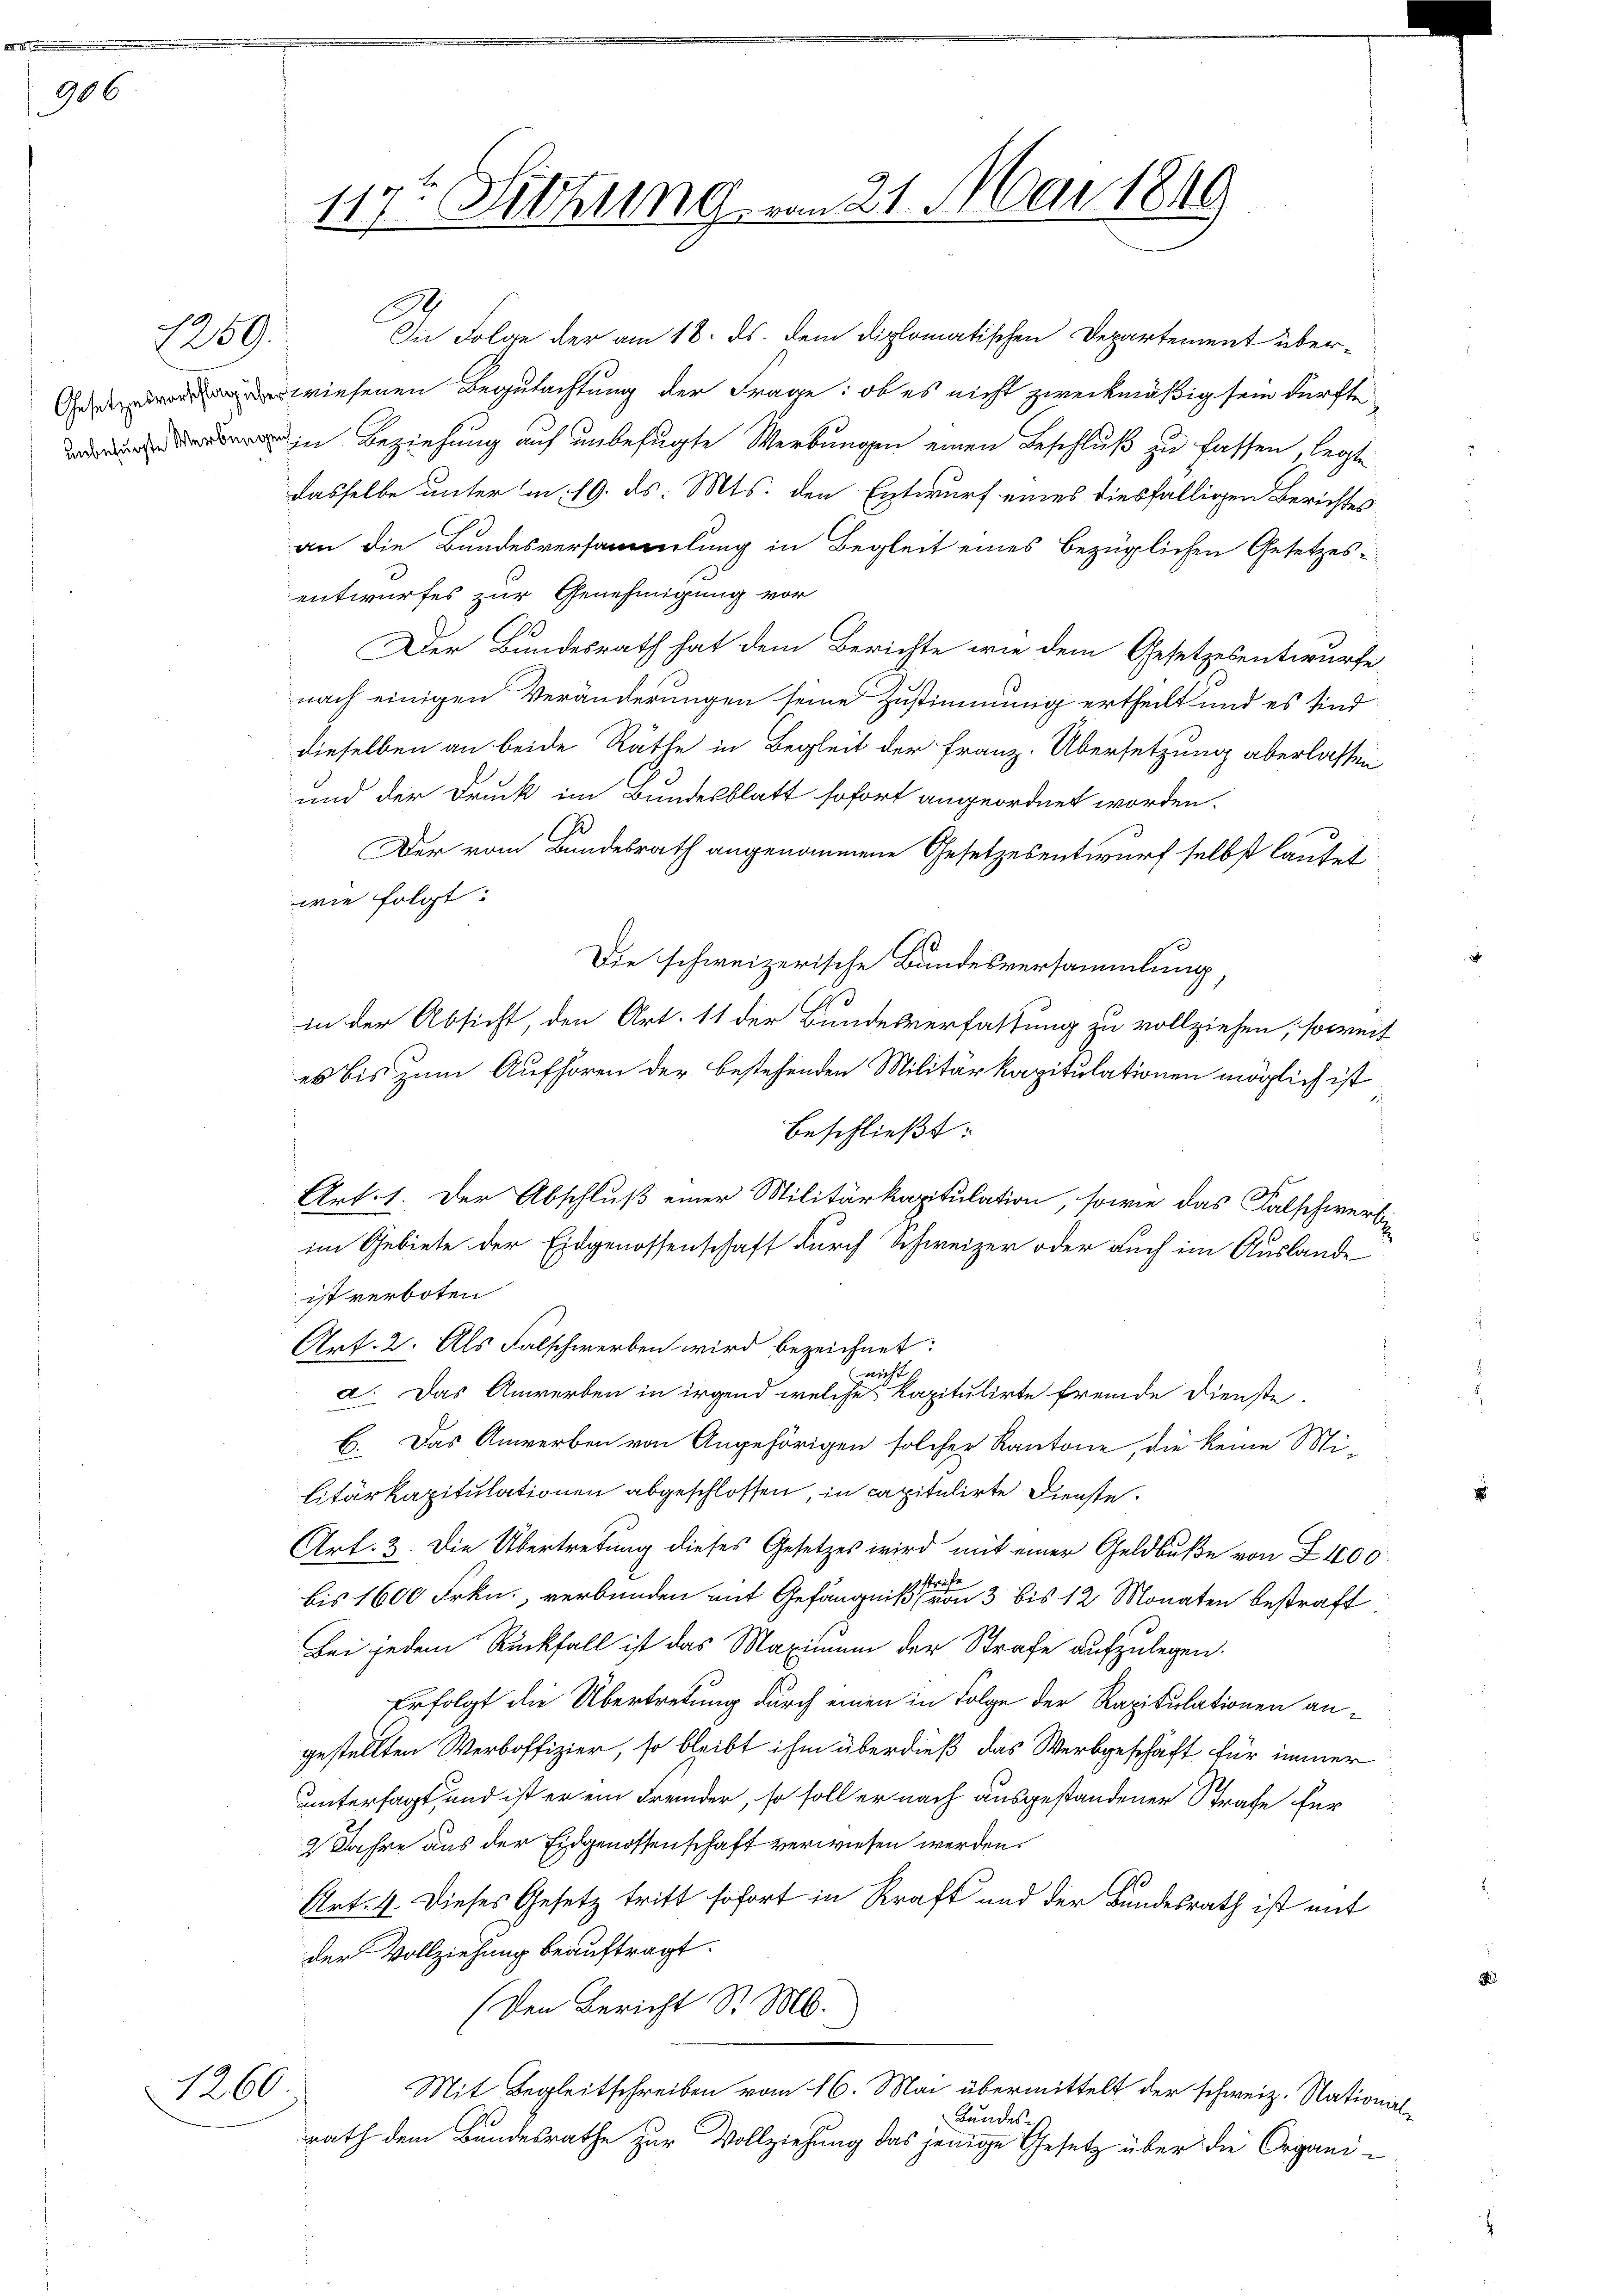
906

1259.

1260

11te Sitzung vom 21. Mai 1849

entwurfes zur Genehmigung vor
e
Der Bundesrath hat dem Berichte wie dem Gesetzesentwurfe
nach einigen Veränderungen seine Zustimmung ertheilt und es sind
dieselben an beide Räthe in Begleit der Franz. Übersetzung überlassen,
und der Druck im Bundesblatt sofort angeordnet worden.
2
Der vom Bundesrath angenommene Gesetzesentwurf selbst lautet
wie folgt:
Die schweizerische Bundesversammlung,
in der Absicht, den Art. 11 der Bundesverfassung zu vollziehen, soweit
es bis zum Aufhören der bestehenden Militärkapitulationen möglich ist
beschließt:
Art. 1. Der Abschluß einer Militärkapitulation, sowie das Falschwerbe
im Gebiete der Eidgenossenschaft durch Schweizer oder auch im Auslande
ist verboten
Art. 2. Als Falschwerben wird bezeichnet:
wicht
a. Das Anwerben in irgend welches Kapitulirte fremde Dienste.
B. Das Anwerben von Angehörigen solcher Kantone, die keine Mi-
litärkapitulationen abgeschlossen, in capitulirte Dienste.
Art. 3. Die Übertretung dieses Gesetzes wird mit einer Geldbuße von Z 1400
 strich
bis 1600 Frkn., verbunden mit Gefängniß von 3 bis 12 Monaten bestraft
Bei jedem Rückfall ist das Maximum der Strafe aufzulegen.
Erfolgt die Übertretung durch einen in Folge der Rapitulationen angestellten Werboffizier, so bleibt ihm überdieß das Werbgeschäft für immer
untersagt, und ist er ein Fremder, so soll er nach ausgestandener Strafe für
2 Jahre aus der Eidgenossenschaft verwiesen werden.
Art. 4. Dieses Gesetz tritt sofort in Kraft und der Bundesrath ist mit
der Vollziehung beauftragt.
Den Bericht Sr. Ms.
Mit Begleitschreiben vom 16. Mai übermittelt der schweiz. Nation
Bundes
rath dem Bundesrathe zur Vollziehung das jenige Gesetz über die Organi¬

In Folge der am 18. ds. dem diplomatischen Departement über-
wiesenen Begutachtung der Frage: ob es nicht zweckmäßig sein dürfte
 in Beziehung auf unbefugte Werbungen einen Beschluß zu fassen, legte
dasselbe unter in 19. ds. Mts. den Entwurf eines diesfälligen Berichtes
an die Bundesversammlung in Begleit eines bezüglichen Gesetzes-

2.